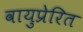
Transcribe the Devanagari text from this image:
वायुप्रेरित